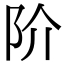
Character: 阶